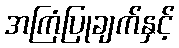
အကြံပြုချက်နှင့်